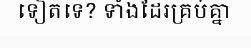
ទៀតទេ? ទាំងដែរគ្រប់គ្នា